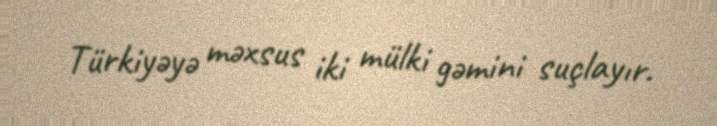
Türkiyəyə məxsus iki mülki gəmini suçlayır.